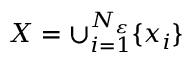
X = \cup _ { i = 1 } ^ { N _ { \varepsilon } } \{ x _ { i } \}